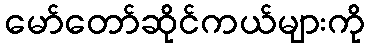
မော်တော်ဆိုင်ကယ်များကို